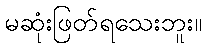
မဆုံးဖြတ်ရသေးဘူး။